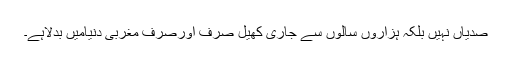
صدیاں نہیں بلکہ ہزاروں سالوں سے جاری کھیل صرف اورصرف مغربی دنیامیں بدلاہے۔